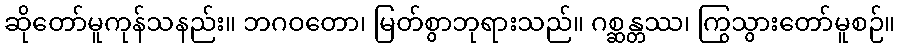
ဆိုတော်မူကုန်သနည်း။ ဘဂဝတော၊ မြတ်စွာဘုရားသည်။ ဂစ္ဆန္တဿ၊ ကြွသွားတော်မူစဉ်။